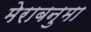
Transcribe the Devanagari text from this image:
मेराबनुमा